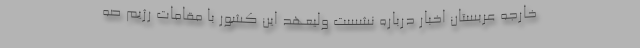
خارجه عربستان اخبار درباره نشست ولیعهد این کشور با مقامات رژیم صه